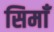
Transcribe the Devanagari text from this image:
सिमाँ